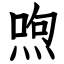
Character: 喣